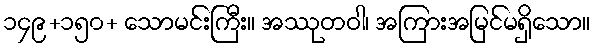
၁၄၉+၁၅၀+ သောမင်းကြီး။ အဿုတဝါ၊ အကြားအမြင်မရှိသော။